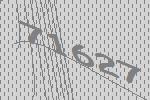
71627